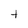
Character: t